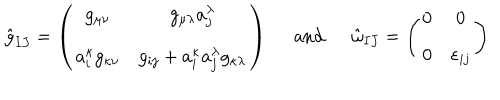
\begin{array} { c c c } { { \hat { g } _ { I J } = \left( \begin{array} { c c } { { g _ { \mu \nu } } } & { { g _ { \mu \lambda } a _ { j } ^ { \lambda } } } \\ { { a _ { i } ^ { \kappa } g _ { \kappa \nu } } } & { { g _ { i j } + a _ { i } ^ { \kappa } a _ { j } ^ { \lambda } g _ { \kappa \lambda } } } \\ \end{array} \right) } } & { { \ \ \mathrm { a n d } \ \ } } & { { \hat { \omega } _ { I J } = \left( \begin{array} { c c } { { 0 } } & { { 0 } } \\ { { 0 } } & { { \varepsilon _ { i j } } } \\ \end{array} \right) } } \\ \end{array}